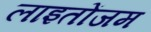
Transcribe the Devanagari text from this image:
लाइतोंजम